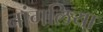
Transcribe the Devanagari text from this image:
नांगलिया